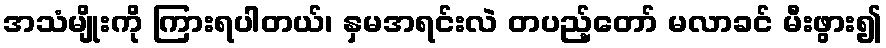
အသံမျိုးကို ကြားရပါတယ်၊ နှမအရင်းလဲ တပည့်တော် မလာခင် မီးဖွား၍